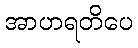
အာဟရတိပေ